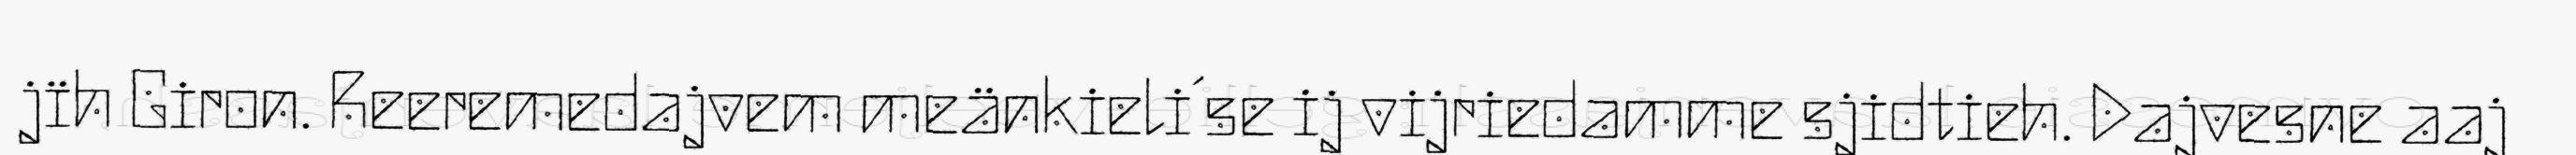
jïh Giron. Reeremedajvem meänkieli´se ij vijriedamme sjidtieh. Dajvesne aaj